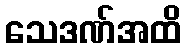
သေဒဏ်အထိ